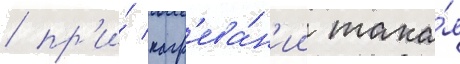
/ пр'и́ нагр'ева́н'ии така́я